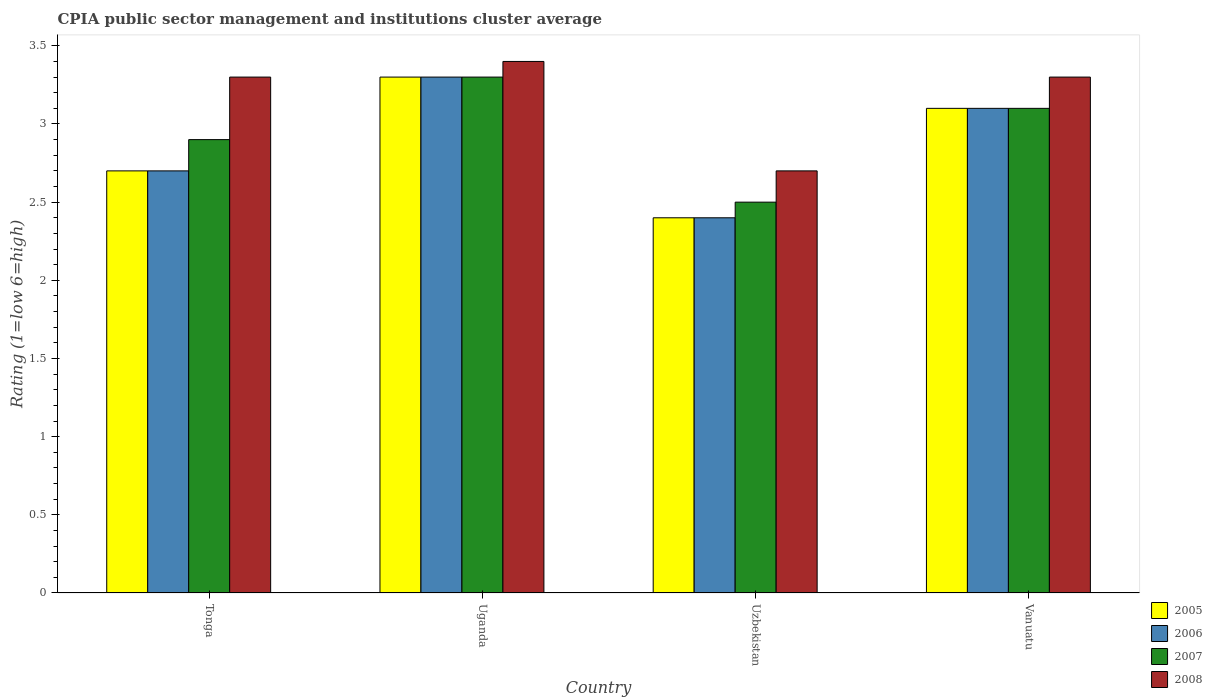
| Country | 2005 | 2006 | 2007 | 2008 |
 | --- | --- | --- | --- | --- |
 | Tonga | 2.7 | 2.7 | 2.9 | 3.3 |
 | Uganda | 3.3 | 3.3 | 3.3 | 3.4 |
 | Uzbekistan | 2.4 | 2.4 | 2.5 | 2.7 |
 | Vanuatu | 3.1 | 3.1 | 3.1 | 3.3 |